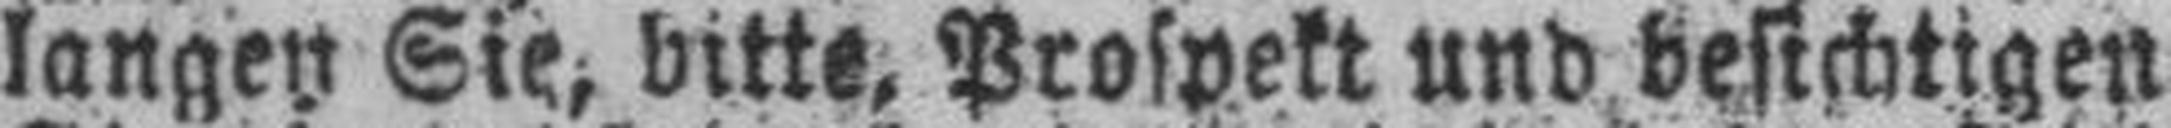
langen Sie, bitte, Prospekt und besichtigen